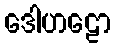
ဒေါဟဠော